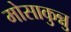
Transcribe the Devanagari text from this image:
मोसाकुन्नु